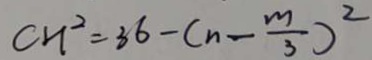
c n ^ { 2 } = 3 6 - ( n - \frac { m } { 3 } ) ^ { 2 }